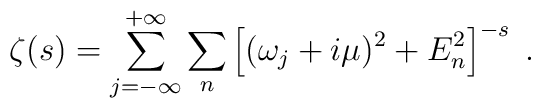
\zeta(s) = \sum_{j=-\infty}^{+\infty}\sum_{n}\left[(\omega_{j} + i\mu)^{2} + E_{n}^{2}\right]^{-s}\;.